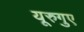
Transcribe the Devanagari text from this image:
यूरुगुए